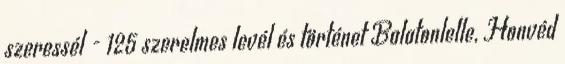
szeressél - 125 szerelmes levél és történet Balatonlelle, Honvéd